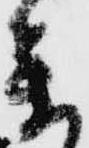
参